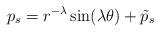
LaTeX: \begin{align*} p_s=r^{-\lambda}\sin(\lambda\theta)+\tilde p_s\end{align*}